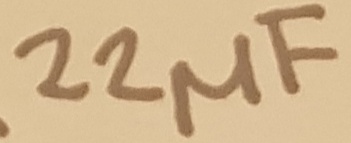
Text: 22µF